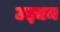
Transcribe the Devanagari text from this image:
उद्द्यम